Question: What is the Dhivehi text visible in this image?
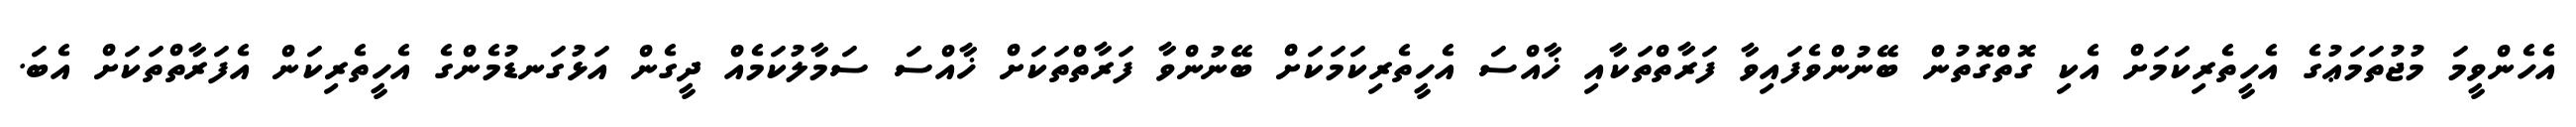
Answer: އެހެންވީމަ މުޖުތަމަޢުގެ އެހީތެރިކަމަށް އެކި ގޮތްގޮތުން ބޭނުންވެފައިވާ ފަރާތްތަކާއި ޚާއްސަ އެހީތެރިކަމަކަށް ބޭނުންވާ ފަރާތްތަކަށް ޚާއްސަ ސަމާލުކަމެއް ދީގެން އަޅުގަނޑުމެންގެ އެހީތެރިކަން އެފަރާތްތަކަށް އެބަ.